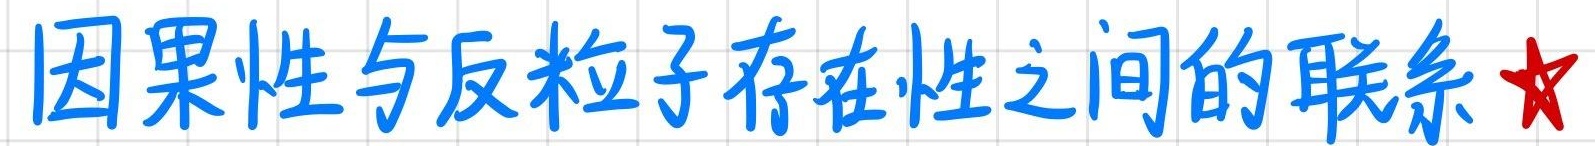
因果性与反粒子存在性之间的联系★